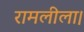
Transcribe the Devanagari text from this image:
रामलीला।